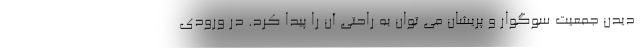
دیدن جمعیت سوگوار و پریشان می توان به راحتی آن را پیدا کرد. در ورودی